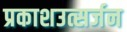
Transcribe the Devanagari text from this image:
प्रकाशउत्सर्जन